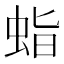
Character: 𧊙